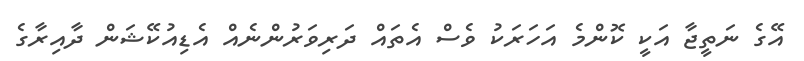
އޭގެ ނަތީޖާ އަކީ ކޮންމެ އަހަރަކު ވެސް އެތައް ދަރިވަރުންނެއް އެޑިއުކޭޝަން ދާއިރާގެ